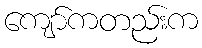
ကျော်ကတည်းက